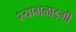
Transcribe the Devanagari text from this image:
श्यामळाङ्गी